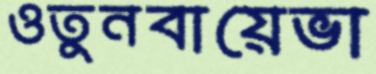
ওতুনবায়েভা